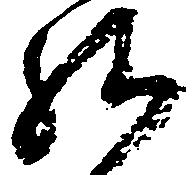
給